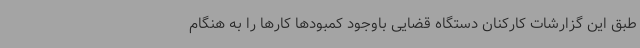
طبق این گزارشات کارکنان دستگاه قضایی باوجود کمبودها کارها را به هنگام